Civil Veterinary Department Bihar & Orissa reports 1922-29 - 1922-1929
Year: 1922
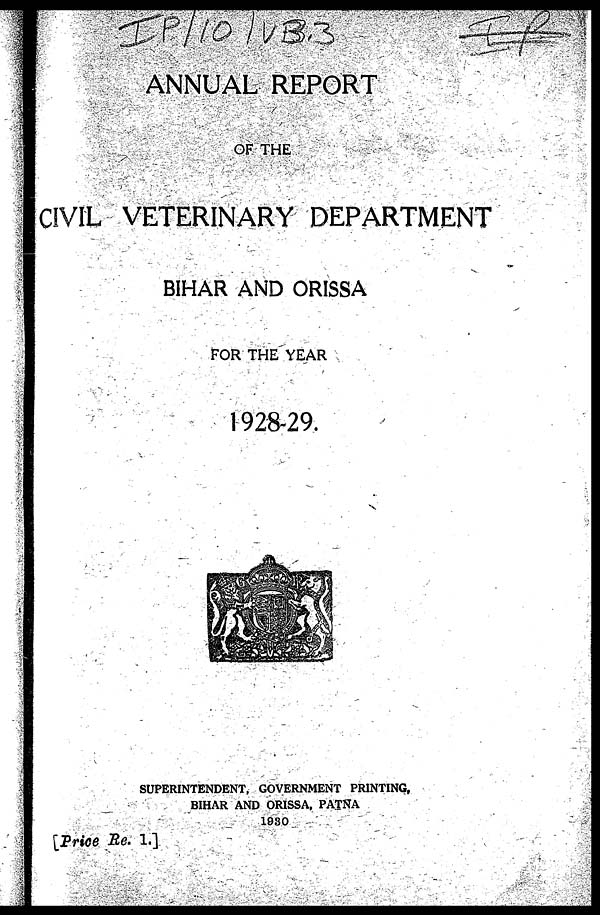
ANNUAL REPORT
OF THE
CIVIL VETERINARY DEPARTMENT
BIHAR AND ORISSA
FOR THE YEAR
1928-29.
SUPERINTENDENT, GOVERNMENT PRINTING,
BIHAR AND ORISSA, PATNA
1980
[Price Re. 1.]